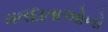
મતદાતાઓનો